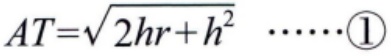
\[
AT = \sqrt{2hr + h^{2}} \quad \cdots \cdots \textcircled{1}
\]